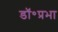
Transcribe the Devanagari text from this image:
डॉ॰प्रभा